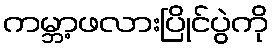
ကမ္ဘာ့ဖလားပြိုင်ပွဲကို